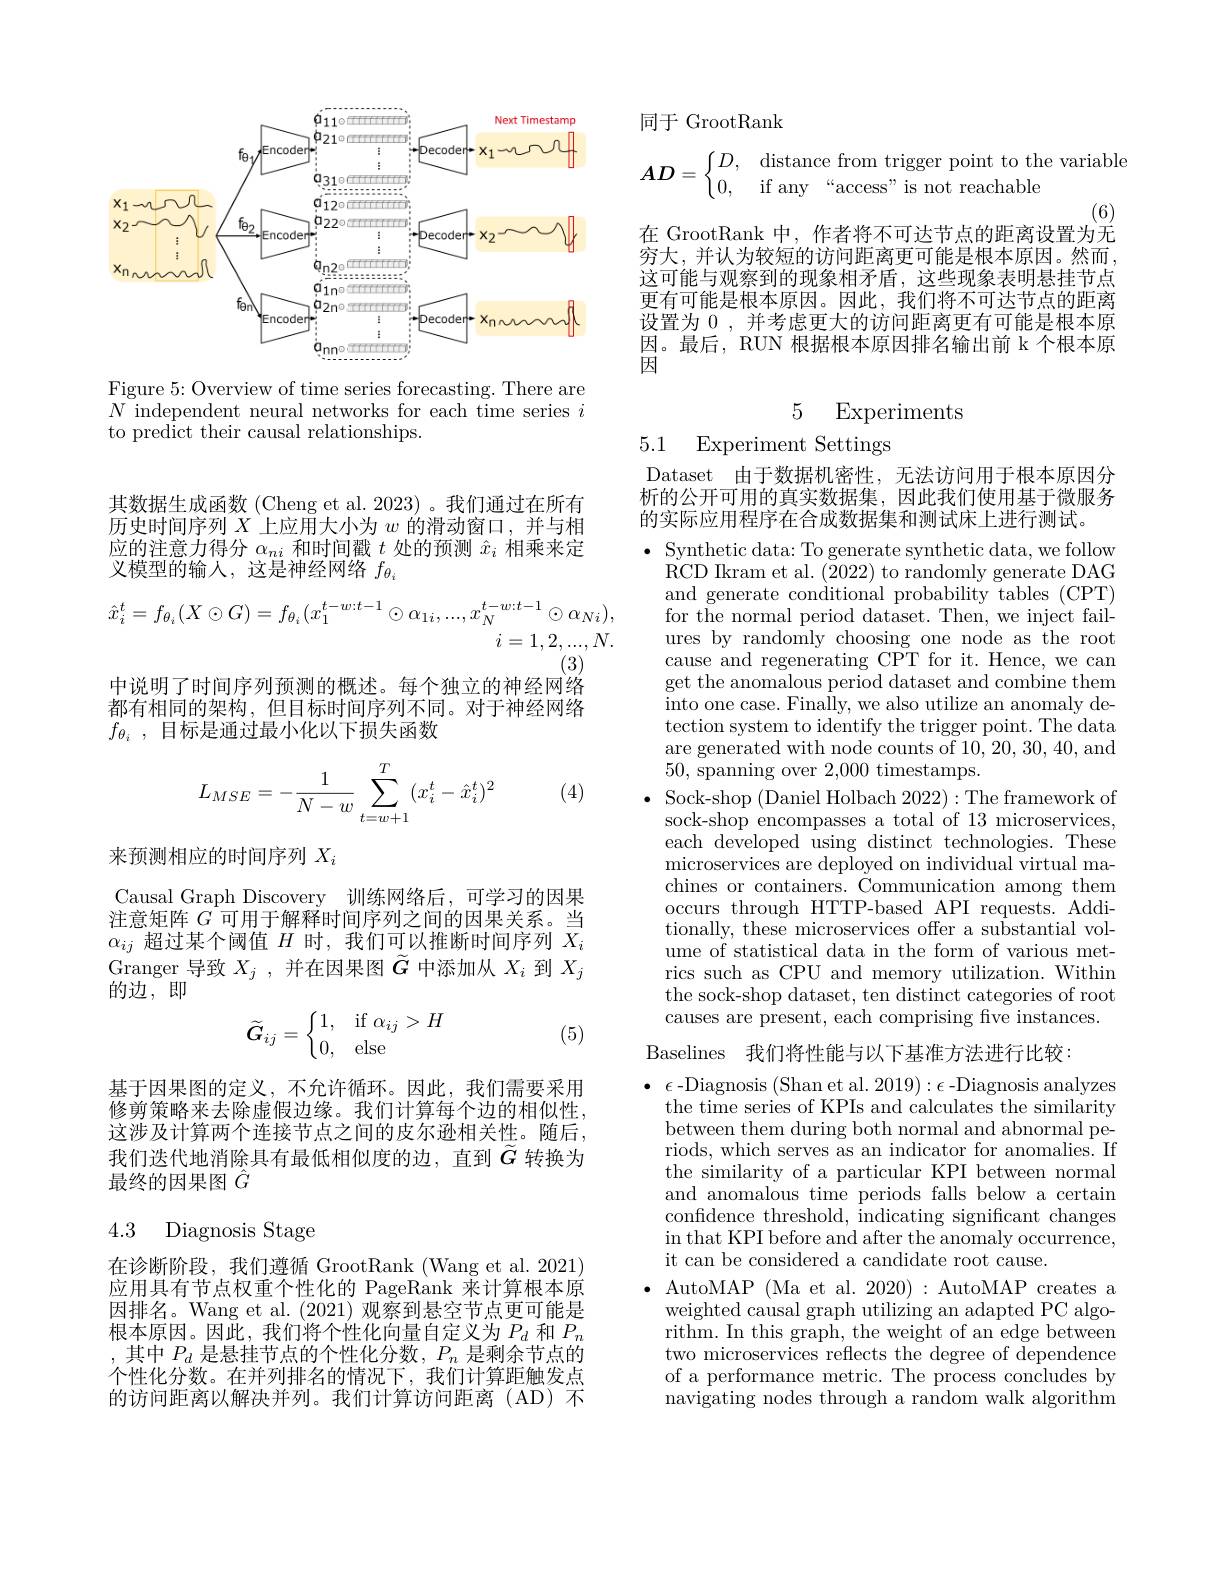
<FigureHere>

Figure 5: Overview of time series forecasting. There are $\bar{N\text{ independent neural networks for each time series }i}$ to predict their causal relationships.

其数据生成函数(Cheng et al. 2023) 。我们通过在所有历史时间序列$X$上应用大小为$w$的滑动窗口，并与相应的注意力得分$\alpha_ni$和时间戳$t$处的预测$\hat{x}_i$相乘来定义模型的输入，这是神经网络$f_{\theta_i}$
$$\begin{aligned}\hat x_i^t=f_{\theta_i}(X\odot G)=f_{\theta_i}(x_1^{t-w:t-1}\odot\alpha_{1i},...,x_N^{t-w:t-1}\odot\alpha_{Ni}),\\i=1,2,...,N.\end{aligned}$$
(3)
中说明了时间序列预测的概述。每个独立的神经网络都有相同的架构，但目标时间序列不同。对于神经网络$f_{\theta _i}$ ,目标是通过最小化以下损失函数

(4)
$$L_{MSE}=-\frac{1}{N-w}\sum\limits_{t=w+1}^T(x_i^t-\hat{x}_i^t)^2$$
来预测相应的时间序列$X_i$

Causal Graph Discovery 训练网络后，可学习的因果注意矩阵$G$可用于解释时间序列之间的因果关系。当$\alpha_{ij}$超过某个阈值$H$时，我们可以推断时间序列$X_i$ Granger 导致$X_j$ ,并在因果图$\tilde{G}$中添加从$X_i$到$X_j$ 的边，即

(5)
$$\tilde{\boldsymbol{G}}_{ij}=\begin{cases}1,&\text{if}\alpha_{ij}>H\\0,&\text{else}\end{cases}$$
基于因果图的定义，不允许循环。因此，我们需要采用修剪策略来去除虚假边缘。我们计算每个边的相似性， 这涉及计算两个连接节点之间的皮尔逊相关性。随后， 我们迭代地消除具有最低相似度的边，直到$\widetilde G$转换为最终的因果图$\hat{G}$

### 4.3 Diagnosis Stage

在诊断阶段，我们遵循 GrootRank (Wang et al. 2021) 应用具有节点权重个性化的 PageRank 来计算根本原因排名。Wang et al. (2021)观察到悬空节点更可能是根本原因。因此，我们将个性化向量自定义为$P_d$和$P_n$ ,其中$P_d$是悬挂节点的个性化分数，$P_n$是剩余节点的个性化分数。在并列排名的情况下，我们计算距触发点的访问距离以解决并列。我们计算访问距离(AD) 不

同于 GrootRank
$$\boldsymbol{AD}=\left\{\begin{matrix}D,&\text{distance from trigger point to the variab}\\0,&\text{if any“access”is not reachable}\end{matrix}\right.$$
(6)

在 GrootRank 中，作者将不可达节点的距离设置为无

究大，并认为较短的访问距离更可能是根本原因。然而， 这可能与观察到的现象相矛盾，这些现象表明悬挂节点更有可能是根本原因。因此，我们将不可达节点的距离设置为0，并考虑更大的访问距离更有可能是根本原因。最后，RUN 根据根本原因排名输出前 k 个根本原因

### 5 Experiments

5.1 Experiment Settings

Dataset 由于数据机密性，无法访问用于根本原因分析的公开可用的真实数据集，因此我们使用基于微服务的实际应用程序在合成数据集和测试床上进行测试。

Synthetic data: To generate synthetic data, we follow RCD Ikram et al. (2022) to randomly generate DAG and generate conditional probability tables (CPT) for the normal period dataset. Then, we inject failures by randomly choosing one node as the root cause and regenerating CPT for it. Hence, we can get the anomalous period dataset and combine them into one case. Finally, we also utilize an anomaly detection system to identify the trigger point. The data are generated with node counts of 10, 20, 30, 40, and 50, spanning over 2,000 timestamps.
Sock-shop (Daniel Holbach 2022):The framework of sock-shop encompasses a total of 13 microservices, each developed using distinct technologies. These microservices are deployed on individual virtual machines or containers. Communication among them occurs through HTTP-based API requests. Additionally, these microservices offer a substantial volume of statistical data in the form of various metrics such as CPU and memory utilization. Within the sock-shop dataset, ten distinct categories of root causes are present, each comprising fve instances.

Baselines 我们将性能与以下基准方法进行比较：

$\bullet~\epsilon$-Diagnosis (Shan et al. 2019)$:\epsilon$-Diagnosis analyzes the time series of KPIs and calculates the similarity between them during both normal and abnormal periods, which serves as an indicator for anomalies. If the similarity of a particular KPI between normal and anomalous time periods falls below a certain confidence threshold, indicating significant changes in that KPI before and after the anomaly occurrence, it can be considered a candidate root cause.
$\bullet$ AutoMAP (Ma et al. 2020) : AutoMAP creates a
weighted causal graph utilizing an adapted PC algo- $\bar{\mathrm{rithm.~In~this~graph,~the~weight~of~an~edge~between}}$ two microservices reflects the degree of dependence of a performance metric. The process concludes by $\bar{\text{navigating nodes through a random walk algorithm}}$